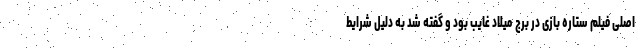
اصلی فیلم ستاره بازی در برج میلاد غایب بود و گفته شد به دلیل شرایط